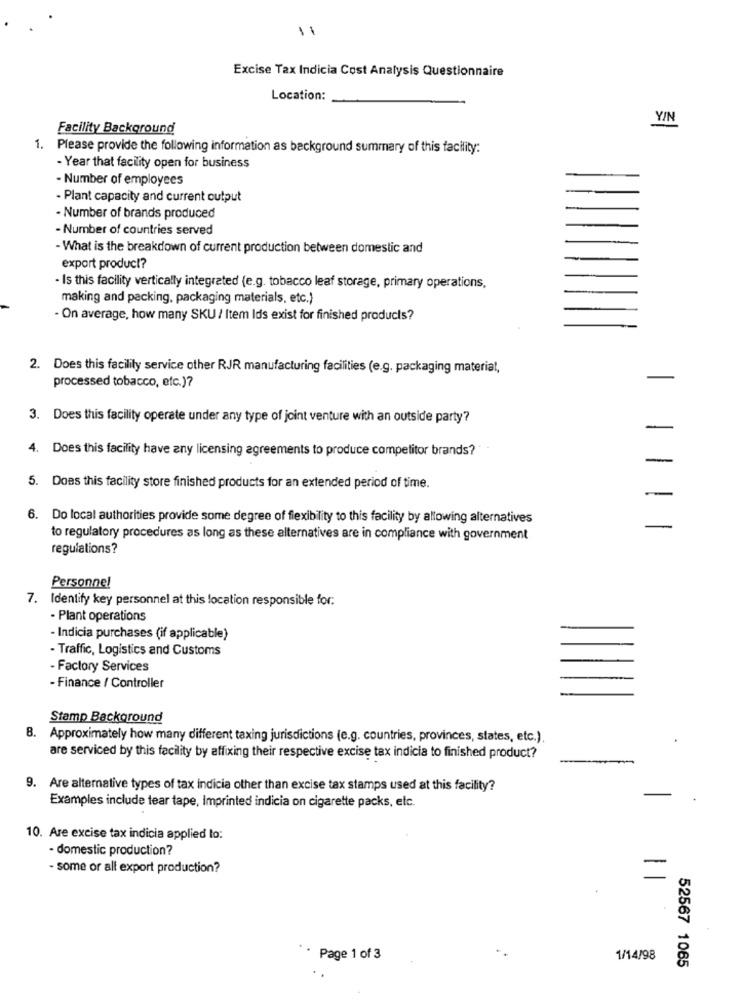
11
Excise Tax Indicia Cost Analysis Questionnaire
Location:
YIN
Facility Background
1. Please provide the following information as background summary of this facility:
- Year that facility open for business
- Number of employees
- Plant capacity and current output
- Number of brands produced
- Number of countries served
- What is the breakdown of current production between domestic and
export product?
Is this facility vertically integrated (e.g. tobacco leaf storage, primary operations,
making and packing, packaging materials, etc.)
- On average, how many SKU / Item Ids exist for finished products?
2. Does this facility service other RJR manufacturing facilities (e.g. packaging material,
processed tobacco, etc.)?
3. Does this facility operate under any type of joint venture with an outside party?
4. Does this facility have any licensing agreements to produce competitor brands?
-
5. Does this facility store finished products for an extended period of time.
6. Do local authorities provide some degree of flexibility to this facility by allowing alternatives
to regulatory procedures as long as these alternatives are in compliance with government
regulations?
Personne!
7. Identify key personnel at this location responsible for:
- Plant operations
- Indicia purchases (if applicable)
- Traffic, Logistics and Customs
- Factory Services
- Finance / Controller
Stamp Background
8. Approximately how many different taxing jurisdictions (e.g. countries, provinces, states, etc.).
are serviced by this facility by affixing their respective excise tax indicia to finished product?
-
9. Are alternative types of tax indicia other than excise tax stamps used at this facility?
Examples include tear tape, Imprinted indicia on cigarette packs, etc.
10. Are excise tax indicia applied to:
- domestic production?
- some or all export production?
*· Page 1 of 3
1/14/98
52567 1065